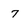
Character: 7